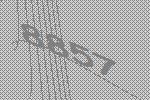
8857